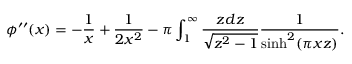
\phi ^ { \prime \prime } ( x ) = - \frac { 1 } { x } + \frac { 1 } { 2 x ^ { 2 } } - \pi \int _ { 1 } ^ { \infty } \frac { z d z } { \sqrt { z ^ { 2 } - 1 } } \frac { 1 } { \sinh ^ { 2 } ( \pi x z ) } .